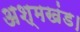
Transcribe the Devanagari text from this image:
अश्मखंड।